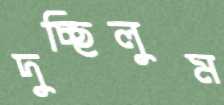
দুচ্ছিলুম